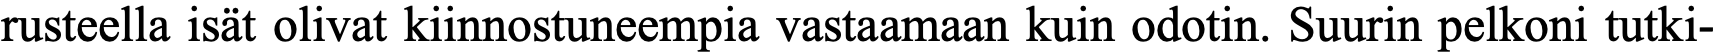
rusteella isät olivat kiinnostuneempia vastaamaan kuin odotin. Suurin pelkoni tutki-